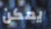
يمكن